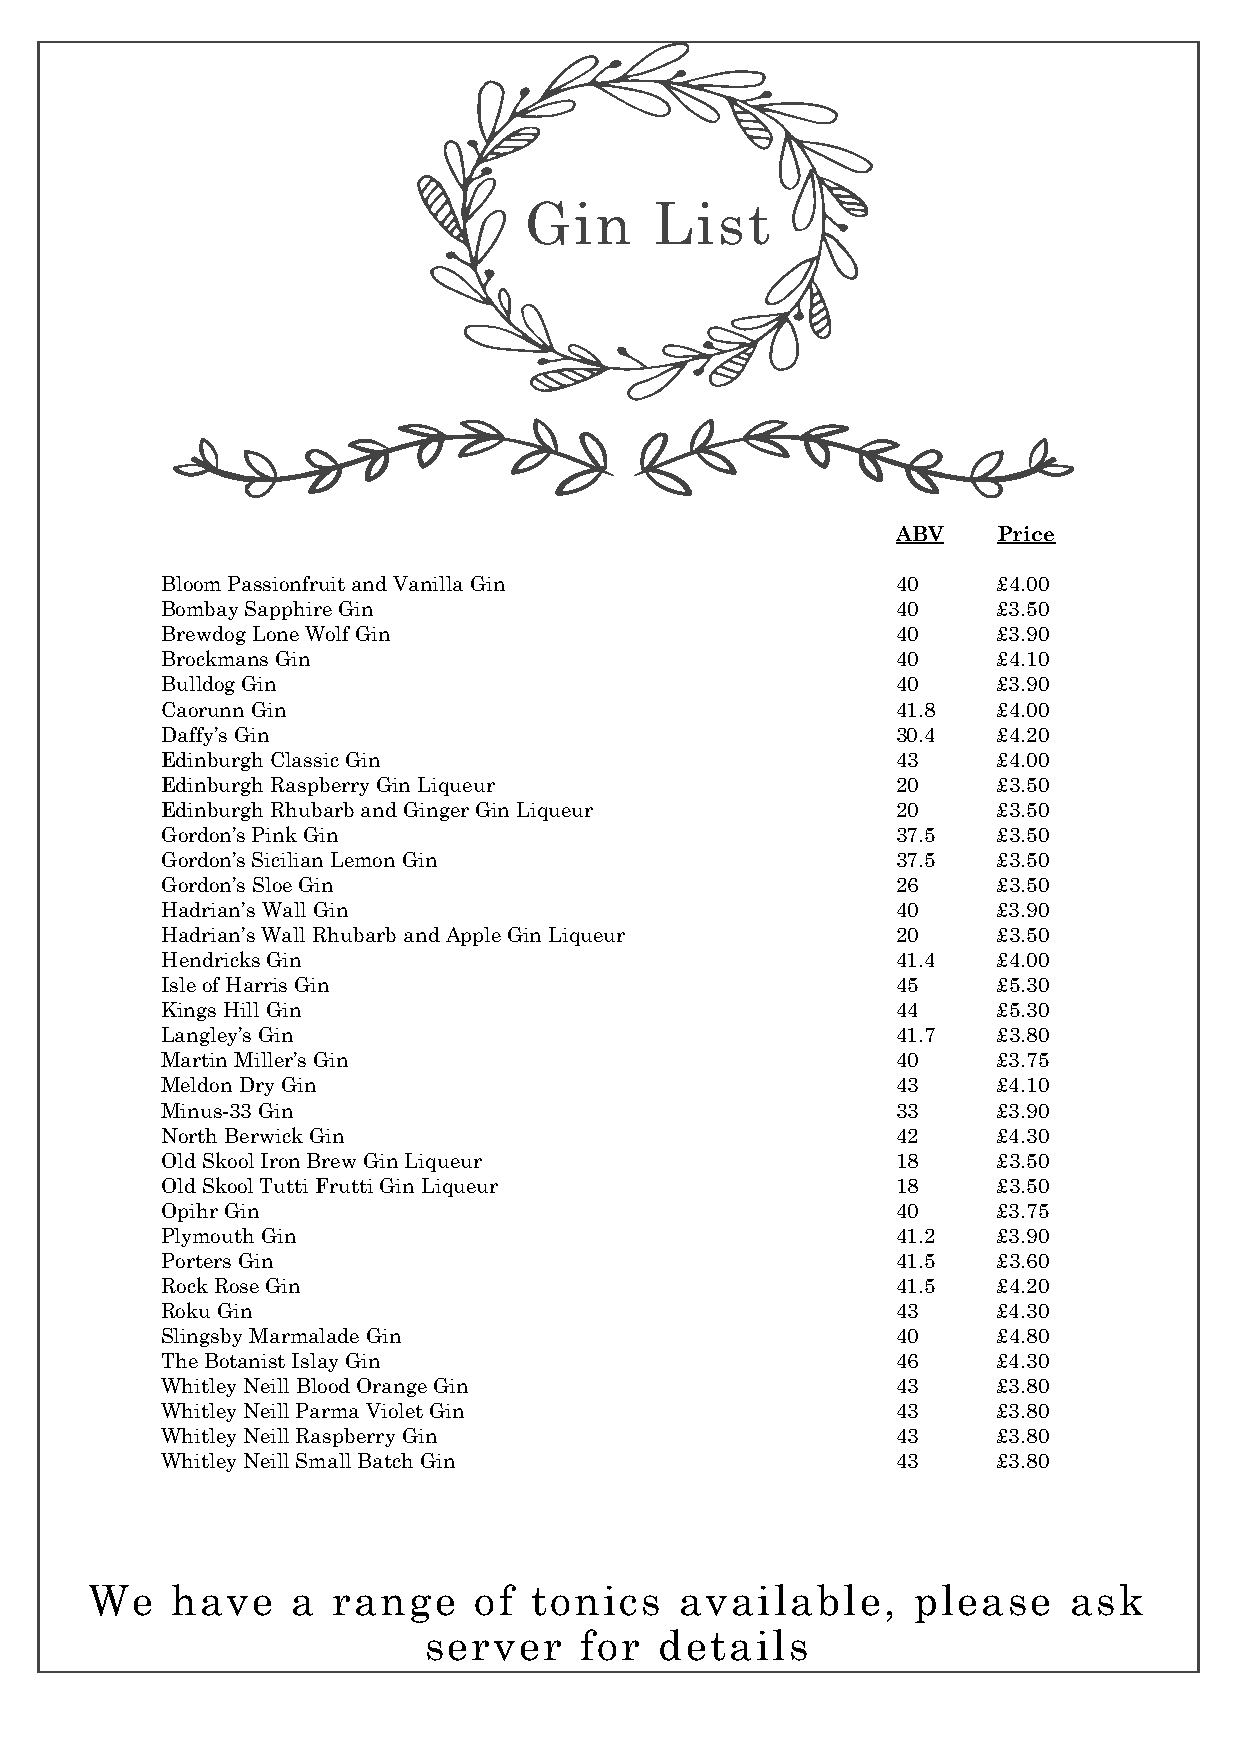
Gin     List
 ABV    Price
 Bloom Passionfruit and Vanilla Gin              40     £4.00
 Bombay Sapphire Gin                             40     £3.50
 Brewdog Lone Wolf Gin                           40     £3.90
 Brockmans Gin                                   40     £4.10
 Bulldog Gin                                     40     £3.90
 Caorunn Gin                                     41.8   £4.00
 Daffy’s Gin                                     30.4   £4.20
 Edinburgh Classic Gin                           43     £4.00
 Edinburgh Raspberry Gin Liqueur                 20     £3.50
 Edinburgh Rhubarb and Ginger Gin Liqueur        20     £3.50
 Gordon’s Pink Gin                               37.5   £3.50
 Gordon’s Sicilian Lemon Gin                     37.5   £3.50
 Gordon’s Sloe Gin                               26     £3.50
 Hadrian’s Wall Gin                              40     £3.90
 Hadrian’s Wall Rhubarb and Apple Gin Liqueur    20     £3.50
 Hendricks Gin                                   41.4   £4.00
 Isle of Harris Gin                              45     £5.30
 Kings Hill Gin                                  44     £5.30
 Langley’s Gin                                   41.7   £3.80
 Martin Miller’s Gin                             40     £3.75
 Meldon Dry Gin                                  43     £4.10
 Minus-33 Gin                                    33     £3.90
 North Berwick Gin                               42     £4.30
 Old Skool Iron Brew Gin Liqueur                 18     £3.50
 Old Skool Tutti Frutti Gin Liqueur              18     £3.50
 Opihr Gin                                       40     £3.75
 Plymouth Gin                                    41.2   £3.90
 Porters Gin                                     41.5   £3.60
 Rock Rose Gin                                   41.5   £4.20
 Roku Gin                                        43     £4.30
 Slingsby Marmalade Gin                          40     £4.80
 The Botanist Islay Gin                          46     £4.30
 Whitley Neill Blood Orange Gin                  43     £3.80
 Whitley Neill Parma Violet Gin                  43     £3.80
 Whitley Neill Raspberry Gin                     43     £3.80
 Whitley Neill Small Batch Gin                   43     £3.80
 We   have    a  range    of  tonics    available,     please     ask
 server    for   details